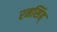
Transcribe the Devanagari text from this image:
रनसिंह्